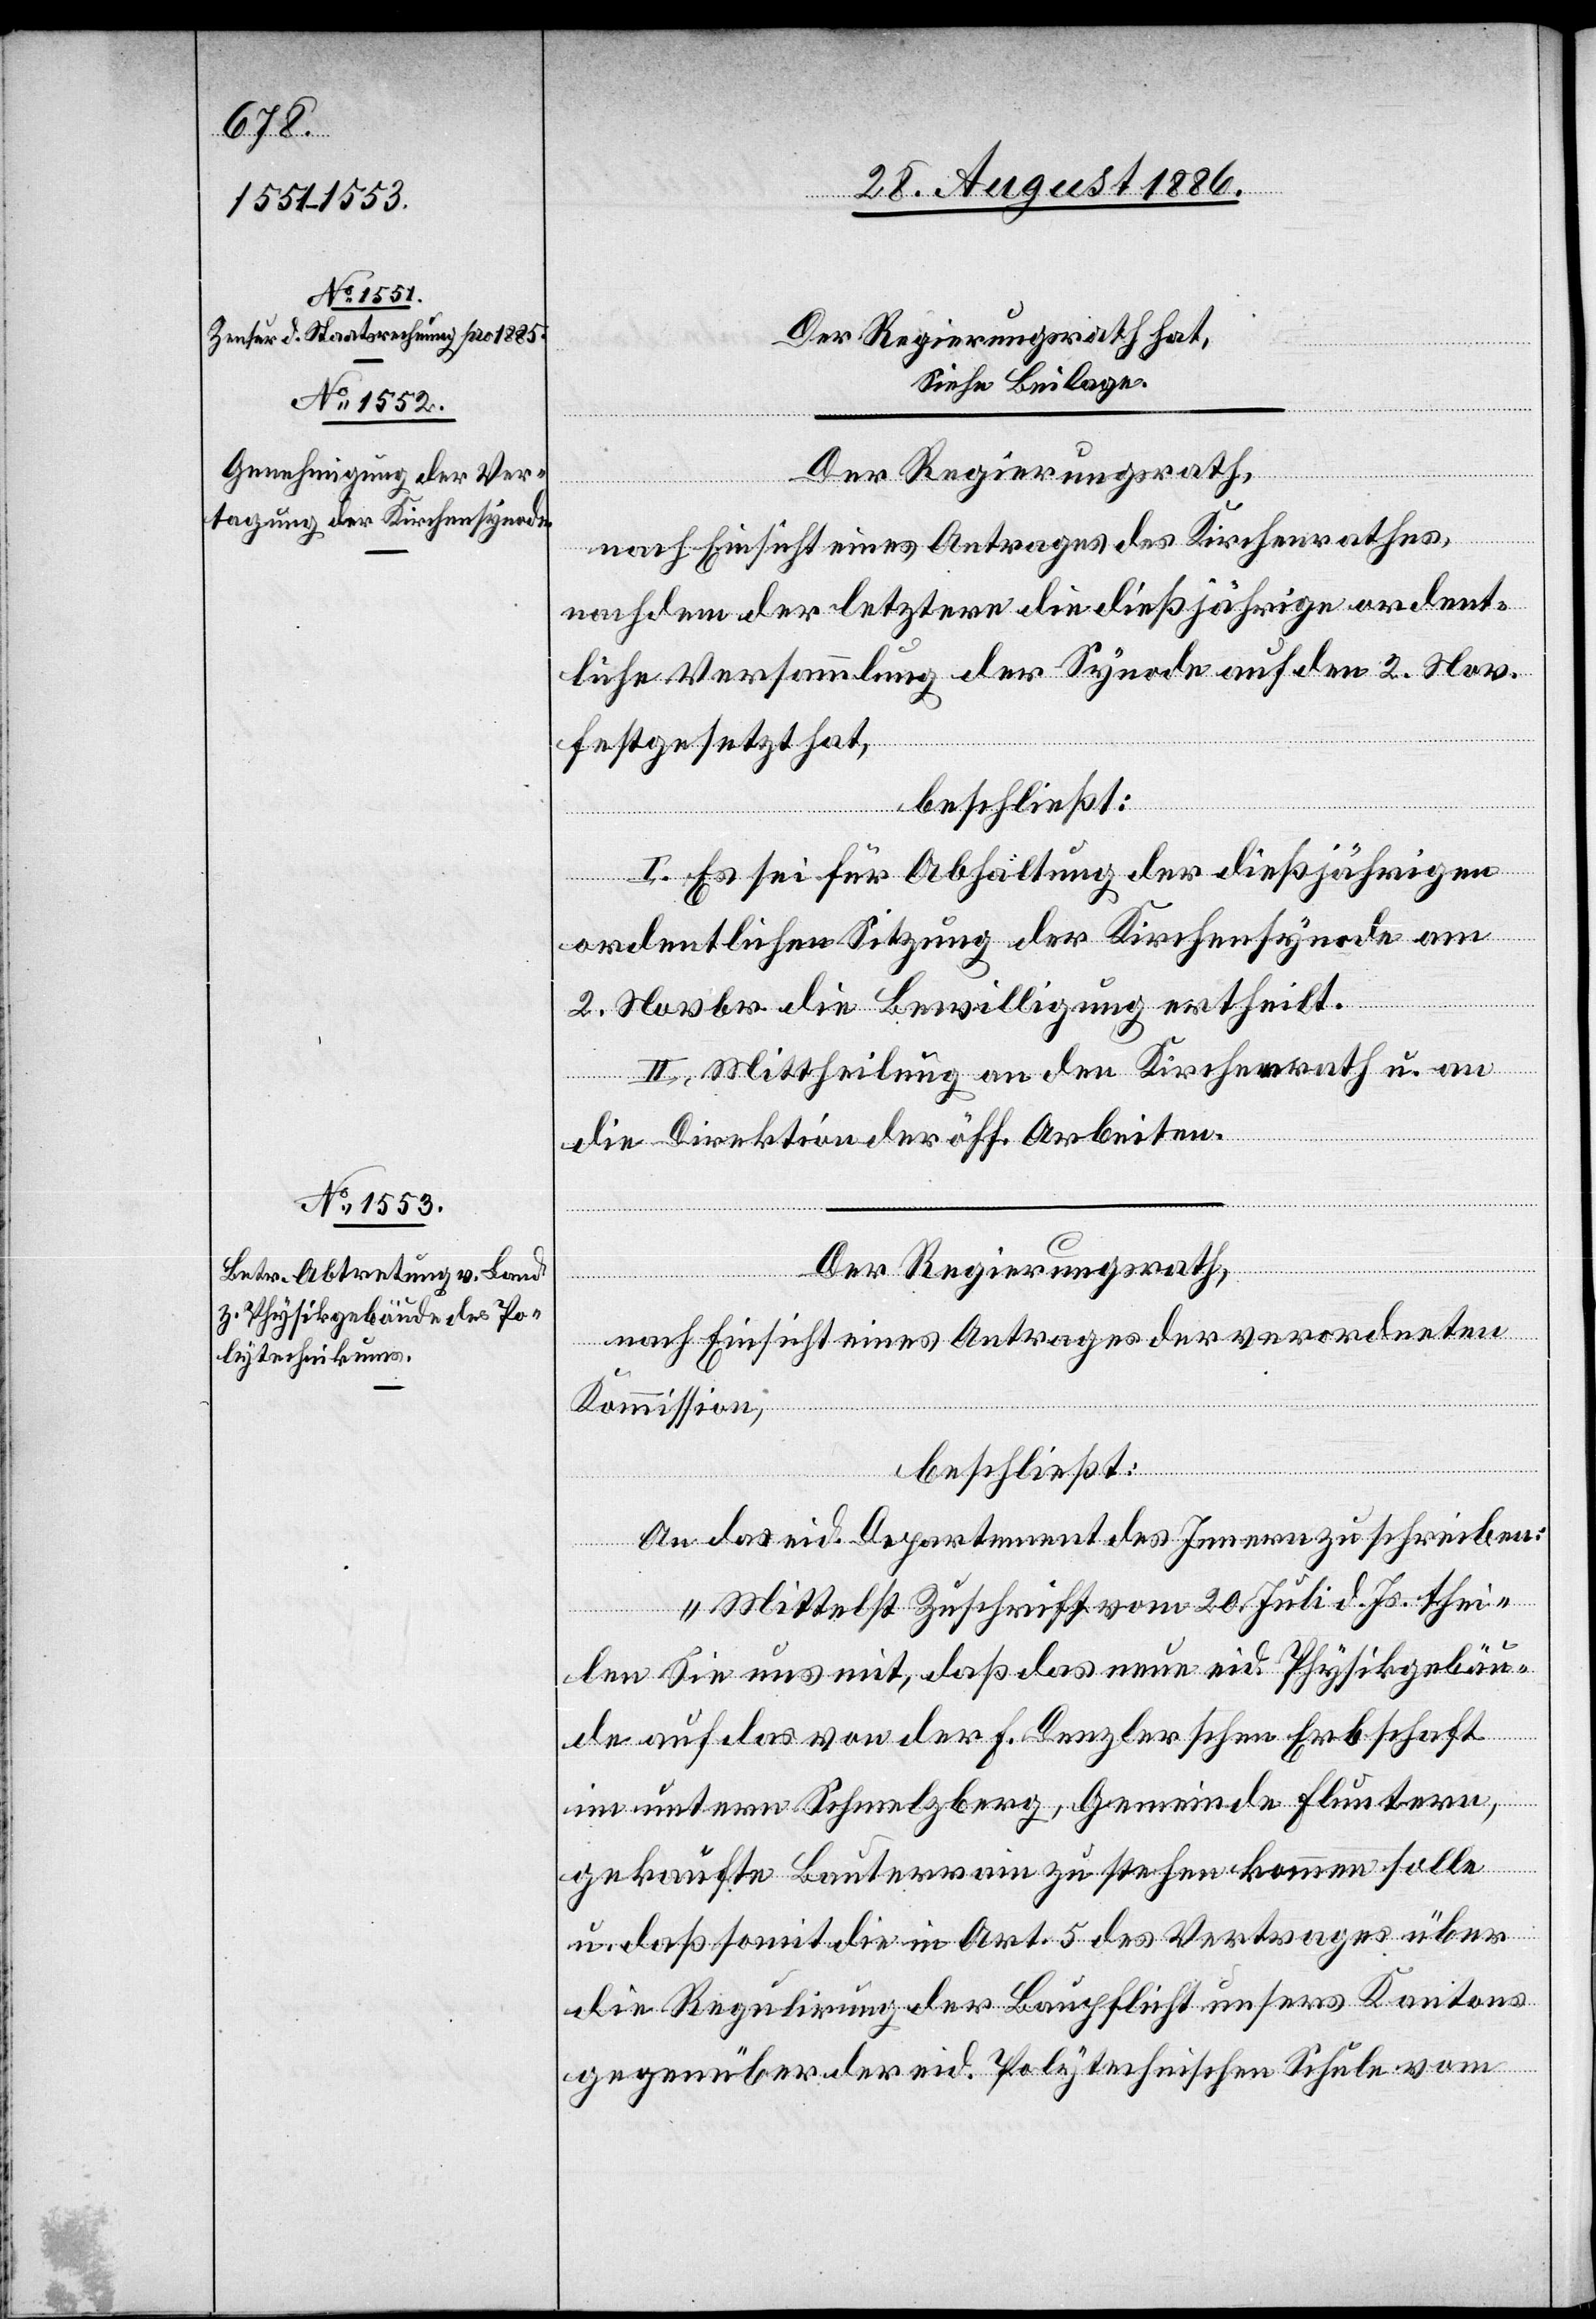
Der Regierungsrath,
nach Einsicht eines Antrages des Kirchenrathes,
nachdem der letztere die dießjährige ordent¬
liche Versammlung der Synode auf den 2. Nov.
festgesetzt hat,
beschließt:
I. Es sei für Abhaltung der dießjährigen
ordentlichen Sitzung der Kirchensynode am
2. Novbr. die Bewilligung ertheilt.
II. Mittheilung an den Kirchenrath u. an
die Direktion der öff. Arbeiten.
Der Regierungsrath,
nach Einsicht eines Antrages der verordneten
Kommission,
beschließt:
An das eid. Departement des Innern zu schreiben:
„Mittelst Zuschrift vom 20. Juli d. Js. thei¬
len Sie uns mit, daß das neue eid. Physikgebäu¬
de auf das von der F. Denzlerschen Erbschaft
im untern Schmelzberg, Gemeinde Fluntern,
gekaufte Bauterrain zu stehen kommen solle
u. daß somit die in Art. 5 des Vertrages über
die Regulirung der Baupflicht unsers Kantons
gegenüber der eid. Polytechnischen Schule vom